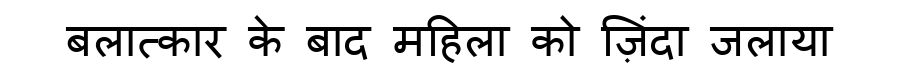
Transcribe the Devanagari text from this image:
बलात्कार के बाद महिला को ज़िंदा जलाया